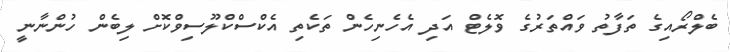
ބެލްރޯއިގެ ތަފާތު ވައްތަރުގެ ވޮލެޓް އަދި އެހެނިހެން ތަކެތި އެކްސްކްލޫސިވްކޮށް ލިބެން ހުންނާނީ